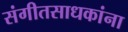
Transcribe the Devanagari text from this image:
संगीतसाधकांना